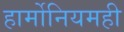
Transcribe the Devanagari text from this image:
हार्मोनियमही